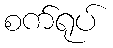
စက်ရုပ်